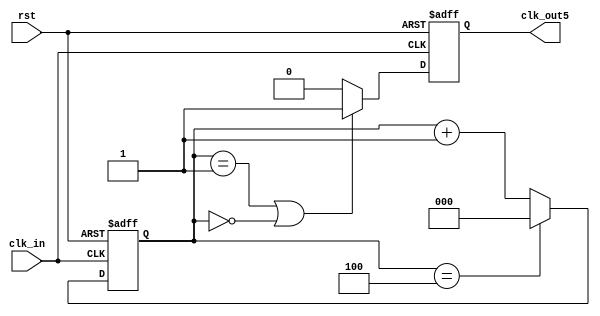
// 

`timescale 1ns/1ns

module odd_div (    
    input     wire rst ,
    input     wire clk_in,
    output    wire clk_out5
);
//*************code***********//
reg [2:0] cnt;
reg clk_out;
always @(posedge clk_in or negedge rst)
begin
if(!rst)
cnt<=0;
else if(cnt==4)
cnt<=0;
else
cnt<=cnt+1;
end

always @(posedge clk_in or negedge rst)
begin
if(!rst)
clk_out<=0;
else if(cnt==1||cnt==0)
clk_out<=1;
else
clk_out<=0;
end

assign clk_out5=clk_out;
//*************code***********//
endmodule